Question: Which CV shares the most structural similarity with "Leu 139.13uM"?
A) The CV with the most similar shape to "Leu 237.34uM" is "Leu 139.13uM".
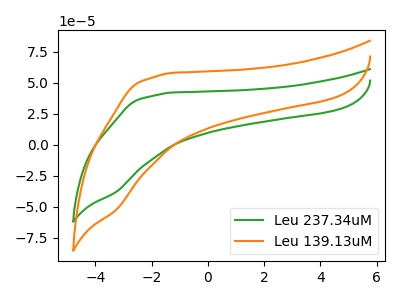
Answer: <think>The green curve "Leu 237.34uM" has no peaks. The orange curve "Leu 139.13uM" has no peaks.
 Neither "Leu 237.34uM" or "Leu 139.13uM" have any peaks.</think>
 <answer>A) The CV with the most similar shape to "Leu 237.34uM" is "Leu 139.13uM".</answer>
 <eval>A</eval>